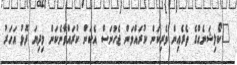
"ކޯލިޝަނެއްގެ ތެރެއިން ވެރިކަން ކުރައްވަން ޖެހުނަސް އެކަން ކުރައްވާނެކަން މިދިޔަ ދޮޅު އަހަރު